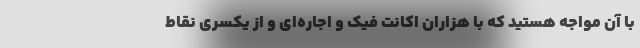
با آن مواجه هستید که با هزاران اکانت فیک و اجاره‌ای و از یکسری نقاط